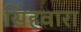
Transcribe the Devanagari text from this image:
सिंहवारा